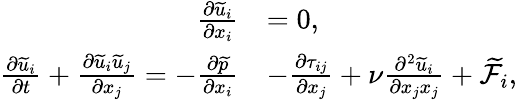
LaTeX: \begin{array}{rl}{\frac{\partial{\widetilde{u}}_{i}}{\partial x_{i}}}&{=0,}\\ {\frac{\partial{\widetilde{u}}_{i}}{\partial t}+\frac{\partial{\widetilde{u}}_{i}{\widetilde{u}}_{j}}{\partial x_{j}}=-\frac{\partial\widetilde{p}}{\partial x_{i}}}&{-\frac{\partial\tau_{ij}}{\partial x_{j}}+\nu\frac{\partial^{2}{\widetilde{u}}_{i}}{\partial x_{j}x_{j}}+{\widetilde{\mathcal{F}}}_{i},}\end{array}